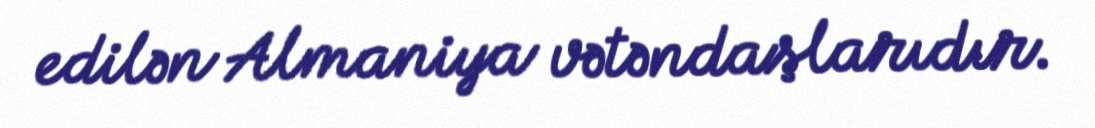
edilən Almaniya vətəndaşlarıdır.